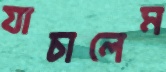
যাচালেম